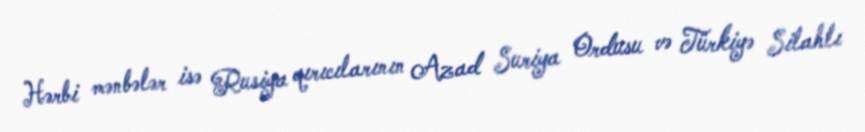
Hərbi mənbələr isə Rusiya qırıcılarının Azad Suriya Ordusu və Türkiyə Silahlı